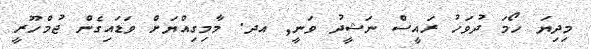
މިދިޔަ ހޯމަ ދުވަހު ރައީސް ނަޝީދު ވަނީ